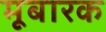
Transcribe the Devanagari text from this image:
मूबारक